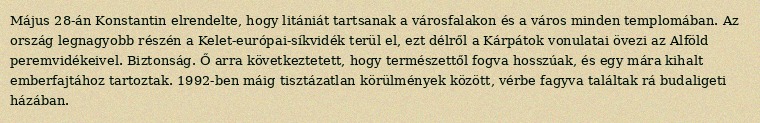
Május 28-án Konstantin elrendelte, hogy litániát tartsanak a városfalakon és a város minden templomában. Az ország legnagyobb részén a Kelet-európai-síkvidék terül el, ezt délről a Kárpátok vonulatai övezi az Alföld peremvidékeivel. Biztonság. Ő arra következtetett, hogy természettől fogva hosszúak, és egy mára kihalt emberfajtához tartoztak. 1992-ben máig tisztázatlan körülmények között, vérbe fagyva találtak rá budaligeti házában.